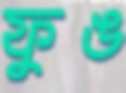
ফুঙ